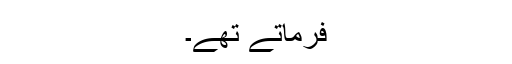
فرماتے تھے۔